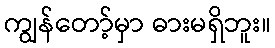
ကျွန်တော့်မှာ ဓားမရှိဘူး။